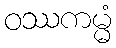
ဝဿကမ္မံ